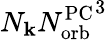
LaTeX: N_{\mathbf{k}}{N_{\mathrm{orb}}^{\mathrm{PC}}}^{3}